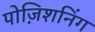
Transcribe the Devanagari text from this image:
पोज़िशनिंग